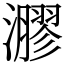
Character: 㶀